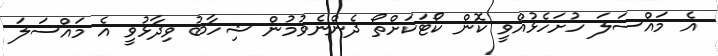
އެ މައްސަލަ ހުށަހެޅުއްވީ ކޮން ކޯޓަކަށްތޯ ދެންނެވުމުން ޝިހާބު ވިދާޅުވީ އެ މައްސަލަ